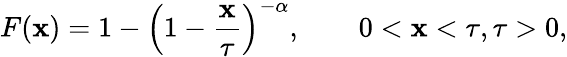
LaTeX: F(\mathbf{x})=1-{\left(1-\frac{{\mathbf{x}}}{{\tau}}\right)}^{-\alpha},\qquad0<\mathbf{x}<\tau,\tau>0,